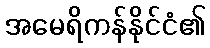
အမေရိကန်နိုင်ငံ၏